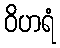
ဝိဟရံ